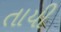
તાયી